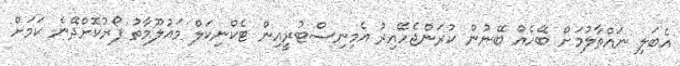
އެބަލި ނައްތާލުމަށް ބޭހެއް ބޭނުން ކުރަންޖެހޭއިރު އެމިނިސްޓުރީއިން ޓެކްނިކަލް މައުލޫމާތު ފޯރުކޮށްދޭނެ ކަމަށް